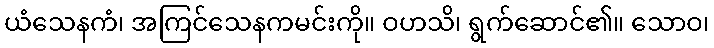
ယံသေနကံ၊ အကြင်သေနကမင်းကို။ ဝဟသိ၊ ရွက်ဆောင်၏။ သောဝ၊